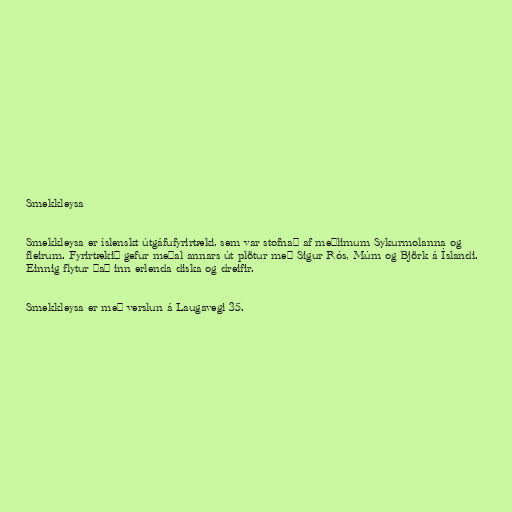
Smekkleysa

Smekkleysa er íslenskt útgáfufyrirtæki, sem var stofnað af meðlimum Sykurmolanna og
fleirum. Fyrirtækið gefur meðal annars út plötur með Sigur Rós, Múm og Björk á Íslandi.
Einnig flytur það inn erlenda diska og dreifir.

Smekkleysa er með verslun á Laugavegi 35.